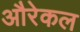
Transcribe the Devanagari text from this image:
औरेकल